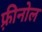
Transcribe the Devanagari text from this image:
फ़्रीनोल